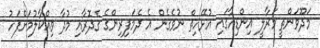
މަދޫވަންތީ މަރާލީ އިންޑިއާގައި އުޅޭހިތް ނުވެގެން އެ ދެމަފިރިންގެ ގެދޮރާއި މުދާ ވިއްކާލުމަށްފަހު